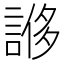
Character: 𧩀